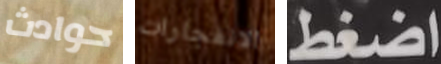
حوادث الانفجارات اضغط